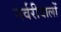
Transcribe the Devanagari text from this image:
नर्वरीवालों